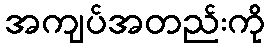
အကျပ်အတည်းကို